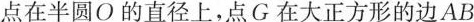
点在半圆O的直径上，点G在大正方形的边AB